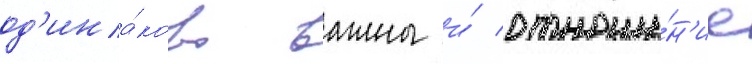
од'ина́ково важны и́ отноше́н'ие